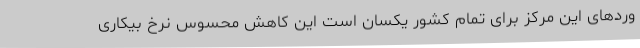
وردهای این مرکز برای تمام کشور یکسان است این کاهش محسوس نرخ بیکاری